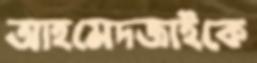
আহমেদজাইকে